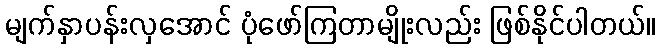
မျက်နှာပန်းလှအောင် ပုံဖော်ကြတာမျိုးလည်း ဖြစ်နိုင်ပါတယ်။